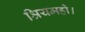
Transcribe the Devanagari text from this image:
श्रियमहो।